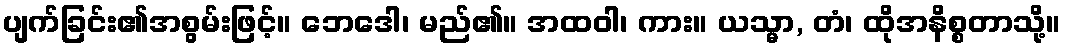
ပျက်ခြင်း၏အစွမ်းဖြင့်။ ဘေဒေါ၊ မည်၏။ အထဝါ၊ ကား။ ယသ္မာ, တံ၊ ထိုအနိစ္စတာသို့။